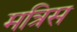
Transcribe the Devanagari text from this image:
मत्रिस